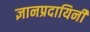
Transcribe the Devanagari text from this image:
ज्ञानप्रदायिनी